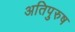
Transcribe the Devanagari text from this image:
अतिपुरुष